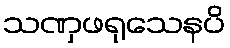
သဏှဖရုသေနပိ